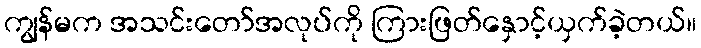
ကျွန်မက အသင်းတော်အလုပ်ကို ကြားဖြတ်နှောင့်ယှက်ခဲ့တယ်။